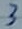
Text: 3